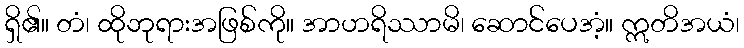
ရှိ၏။ တံ၊ ထိုဘုရားအဖြစ်ကို။ အာဟရိဿာမိ၊ ဆောင်ပေအံ့။ ဣတိအယံ၊